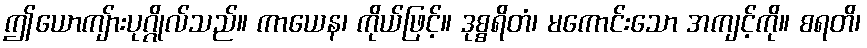
ဤယောကျ်ားပုဂ္ဂိုလ်သည်။ ကာယေန၊ ကိုယ်ဖြင့်။ ဒုစ္စရိတံ၊ မကောင်းသော အကျင့်ကို။ စရတိ၊